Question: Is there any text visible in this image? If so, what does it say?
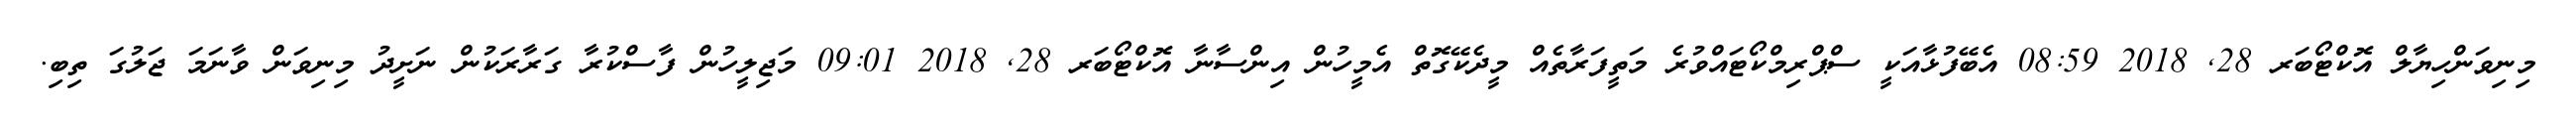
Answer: މިނިވަންހިޔާލް އޮކްޓޯބަރ 28, 2018 08:59 އެބޭފުޅާއަކީ ސްޕްރިމްކޯޓައްވުރެ މަތީފަރާތެއް މީދެކޭގޮތް އެމީހުން އިންސާނާ އޮކްޓޯބަރ 28, 2018 09:01 މަޖިލީހުން ފާސްކުރާ ގަރާރަކުން ނަށީދު މިނިވަން ވާނަމަ ޖަލުގަ ތިބި.